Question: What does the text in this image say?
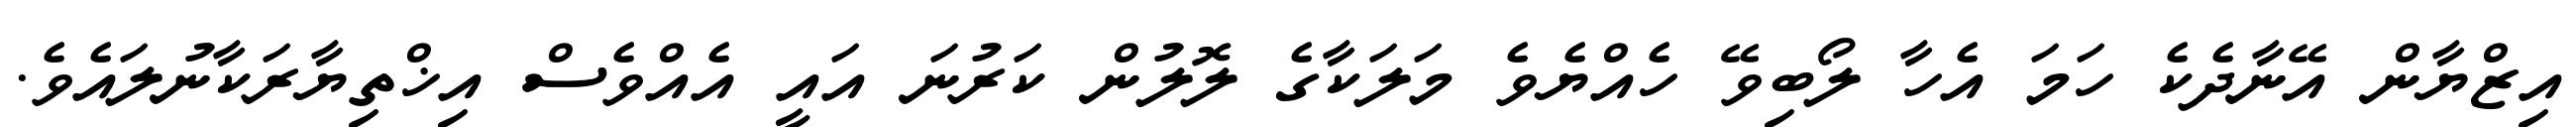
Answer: އިޒްޔާން އޭނާދެކެ ހަމަ އެހާ ލޯބިވޭ ހެއްޔެވެ މަލަކާގެ ލޮލުން ކަރުނަ އައީ އެއްވެސް އިޚްތިޔާރަކާނުލައެވެ.